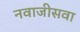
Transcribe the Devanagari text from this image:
नवाजीसवा